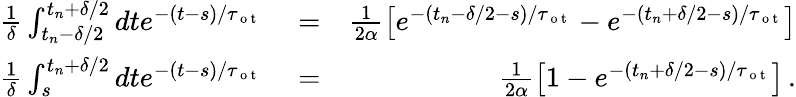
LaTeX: \begin{array}{rlr}{\frac{1}{\delta}\int_{t_{n}-\delta/2}^{t_{n}+\delta/2}dte^{-(t-s)/\tau_{\mathrm{~o~t~}}}}&{{}=}&{\frac{1}{2\alpha}\left[e^{-(t_{n}-\delta/2-s)/\tau_{\mathrm{~o~t~}}}-e^{-(t_{n}+\delta/2-s)/\tau_{\mathrm{~o~t~}}}\right]}\\ {\frac{1}{\delta}\int_{s}^{t_{n}+\delta/2}dte^{-(t-s)/\tau_{\mathrm{~o~t~}}}}&{{}=}&{\frac{1}{2\alpha}\left[1-e^{-(t_{n}+\delta/2-s)/\tau_{\mathrm{~o~t~}}}\right]\, .}\end{array}